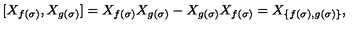
[ X _ { f ( \sigma ) } , X _ { g ( \sigma ) } ] = X _ { f ( \sigma ) } X _ { g ( \sigma ) } - X _ { g ( \sigma ) } X _ { f ( \sigma ) } = X _ { \{ f ( \sigma ) , g ( \sigma ) \} } ,